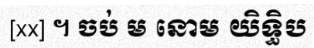
[xx] ។ ចប់ ម នោម យិទ្ធិប